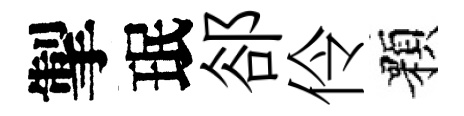
掣珉郤伶顆